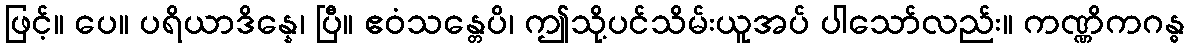
ဖြင့်။ ပေ။ ပရိယာဒိန္နေ၊ ပြီ။ ဧဝံသန္တေပိ၊ ဤသို့ပင်သိမ်းယူအပ် ပါသော်လည်း။ ကဏ္ဏိကဂန္ဓ